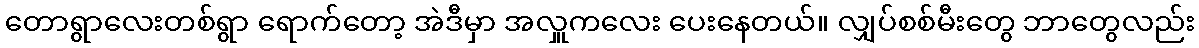
တောရွာလေးတစ်ရွာ ရောက်တော့ အဲဒီမှာ အလှူကလေး ပေးနေတယ်။ လျှပ်စစ်မီးတွေ ဘာတွေလည်း